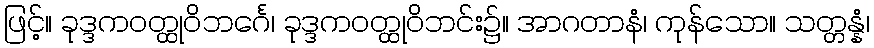
ဖြင့်။ ခုဒ္ဒကဝတ္ထုဝိဘင်္ဂေ၊ ခုဒ္ဒကဝတ္ထုဝိဘင်း၌။ အာဂတာနံ၊ ကုန်သော။ သတ္တန္နံ၊